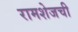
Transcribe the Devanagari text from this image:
रामशेजची